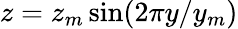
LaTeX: z=z_{m}\sin(2\pi y/y_{m})